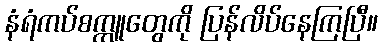
နံရံကပ်စက္ကူတွေကို ပြန်လိပ်နေကြပြီ။